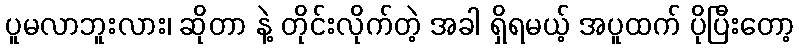
ပူမလာဘူးလား၊ ဆိုတာ နဲ့ တိုင်းလိုက်တဲ့ အခါ ရှိရမယ့် အပူထက် ပိုပြီးတော့